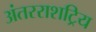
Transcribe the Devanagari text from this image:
अंतरराशट्रिय